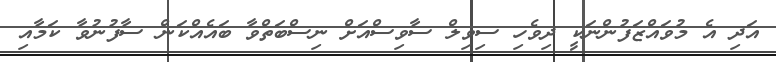
އަދި އެ މުވައްޒަފުންނަކީ ދިވެހި ސިވިލް ސާވިސްއަށް ނިސްބަތްވާ ބައެއްކަން ސާފުނުވާ ކަމާއި